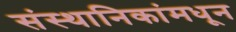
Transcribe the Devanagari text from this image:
संस्थानिकांमधून